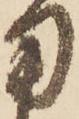
用